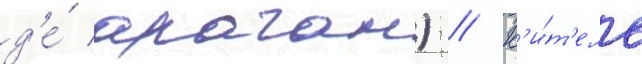
д'е́ араган) // К'и́т'ель